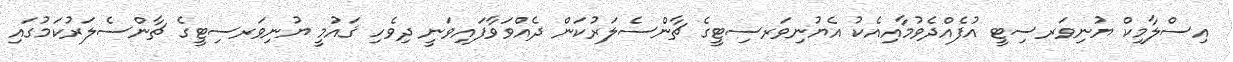
އިސްލާމިކް ޔުނިވަރސިޓީ އުފެއްދެވުމާއިއެކު އެޔުނިވަރސިޓީގެ ޗާންސެލަރުކަން ދެއްވަވާފައިވަނީ ދިވެހި ޤައުމީ ޔުނިވަރސިޓީގެ ޗާންސެލަރުކަމުގައި